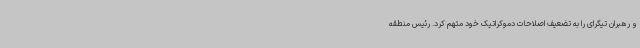
و رهبران تیگرای را به تضعیف اصلاحات دموکراتیک خود متهم کرد. رئیس منطقه